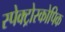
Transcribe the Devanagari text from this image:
स्पेक्ट्रोस्कोपिक